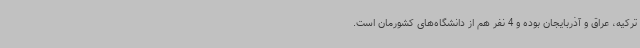
ترکیه، عراق و آذربایجان بوده و 4 نفر هم از دانشگاه‌های کشورمان است.